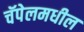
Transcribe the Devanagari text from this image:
चॅपेलमधील